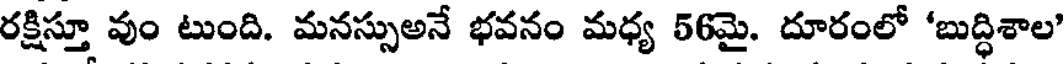
రక్షిస్తూ వుం టుంది. మనస్సుఅనే భవనం మధ్య 56మై. దూరంలో 'బుద్ధిశాల'